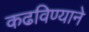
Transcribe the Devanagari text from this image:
कढविण्याने